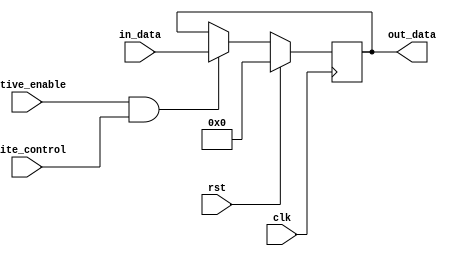
//////////////////////////////////////////////////////////////////////////////////
 
// Module Name: 	Register
//	Project Name:	Project 1 - Part 2 
//
//////////////////////////////////////////////////////////////////////////////////
module Register(
						clk, 
						rst, 
						write_control, 
						active_enable, 
						in_data, 
						out_data
					);
			
					parameter BUS_WIDTH = 8;
					
					input wire clk;
					input wire rst;
					input wire write_control;
					input wire active_enable;
					input wire [BUS_WIDTH - 1:0] in_data;
					output reg [BUS_WIDTH - 1:0] out_data;
					
					wire should_write;
					
					assign should_write = active_enable & write_control;
					
					always@(negedge clk) begin
						if(rst) begin
							out_data <= 8'h00;
						end
						else if(should_write) begin
							out_data <= in_data;
						end
						else begin
							out_data <= out_data;
						end
					end
endmodule